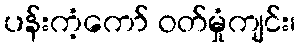
ပန်းကံ့ကော် ဝတ်မှုံကျင်း၊